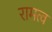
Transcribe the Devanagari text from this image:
रामत्व